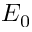
E _ { 0 }